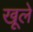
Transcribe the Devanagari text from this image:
खूले